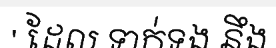
' ដែល ទាក់ទង នឹង